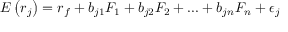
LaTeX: E \left( r _ { j } \right) = r _ { f } + b _ { j 1 } F _ { 1 } + b _ { j 2 } F _ { 2 } + . . . + b _ { j n } F _ { n } + \epsilon _ { j }